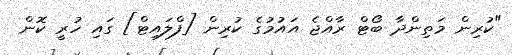
"ކުރިން މަތިންދާ ބޯޓް ރާއްޖެ އައުމުގެ ކުރިން [ފްލައިޓް] ގައި ހުރީ ކޮން